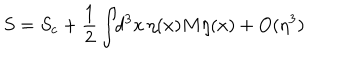
LaTeX: S = S _ { c } + \frac { 1 } { 2 } \int \! \! d ^ { 3 } x \, \eta ( x ) M \eta ( x ) + O ( \eta ^ { 3 } )